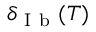
\delta _ { \mathrm { ~ I ~ b ~ } } ( T )